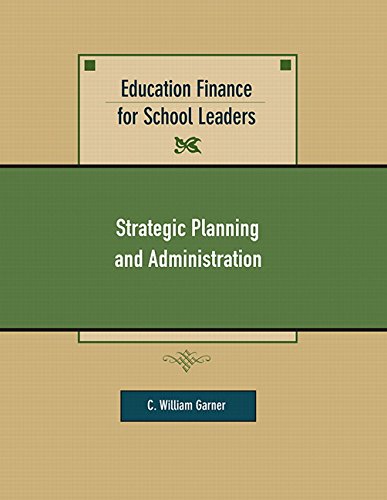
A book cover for Education Finance for School Leaders: Strategic Planning and Administration; C. William Garner; Education & Teaching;